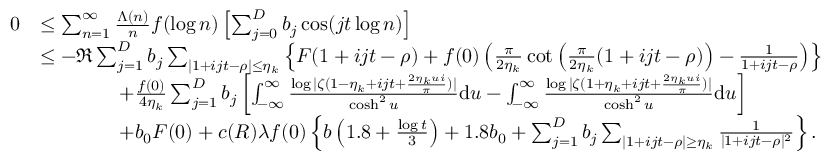
\begin{array} { r l } { 0 } & { \le \sum _ { n = 1 } ^ { \infty } \frac { \Lambda ( n ) } { n } f ( \log n ) \left[ \sum _ { j = 0 } ^ { D } b _ { j } \cos ( j t \log n ) \right] } \\ & { \le - \Re \sum _ { j = 1 } ^ { D } b _ { j } \sum _ { | 1 + i j t - \rho | \le \eta _ { k } } \left\{ F ( 1 + i j t - \rho ) + f ( 0 ) \left( \frac { \pi } { 2 \eta _ { k } } \cot \left( \frac { \pi } { 2 \eta _ { k } } ( 1 + i j t - \rho ) \right) - \frac { 1 } { 1 + i j t - \rho } \right) \right\} } \\ & { \qquad \qquad + \frac { f ( 0 ) } { 4 \eta _ { k } } \sum _ { j = 1 } ^ { D } b _ { j } \left[ \int _ { - \infty } ^ { \infty } \frac { \log | \zeta ( 1 - \eta _ { k } + i j t + \frac { 2 \eta _ { k } u i } { \pi } ) | } { \cosh ^ { 2 } u } \mathrm { d } u - \int _ { - \infty } ^ { \infty } \frac { \log | \zeta ( 1 + \eta _ { k } + i j t + \frac { 2 \eta _ { k } u i } { \pi } ) | } { \cosh ^ { 2 } u } \mathrm { d } u \right] } \\ & { \qquad \qquad + b _ { 0 } F ( 0 ) + c ( R ) \lambda f ( 0 ) \left\{ b \left( 1 . 8 + \frac { \log t } { 3 } \right) + 1 . 8 b _ { 0 } + \sum _ { j = 1 } ^ { D } b _ { j } \sum _ { | 1 + i j t - \rho | \ge \eta _ { k } } \frac { 1 } { | 1 + i j t - \rho | ^ { 2 } } \right\} . } \end{array}